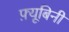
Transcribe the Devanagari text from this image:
फ़्यूबिनी